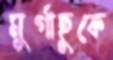
মুর্গাছুকে